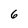
Character: 6